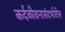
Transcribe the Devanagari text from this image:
कर्दळीवनासंदर्भातील